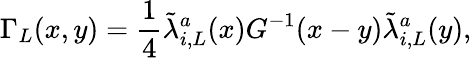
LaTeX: \Gamma_{L}(x,y)=\frac{1}{4}\tilde{\lambda}_{i,L}^{a}(x)G^{-1}(x-y)\tilde{\lambda}_{i,L}^{a}(y),